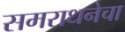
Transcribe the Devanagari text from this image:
समराधनेचा